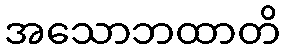
အသောဘထာတိ